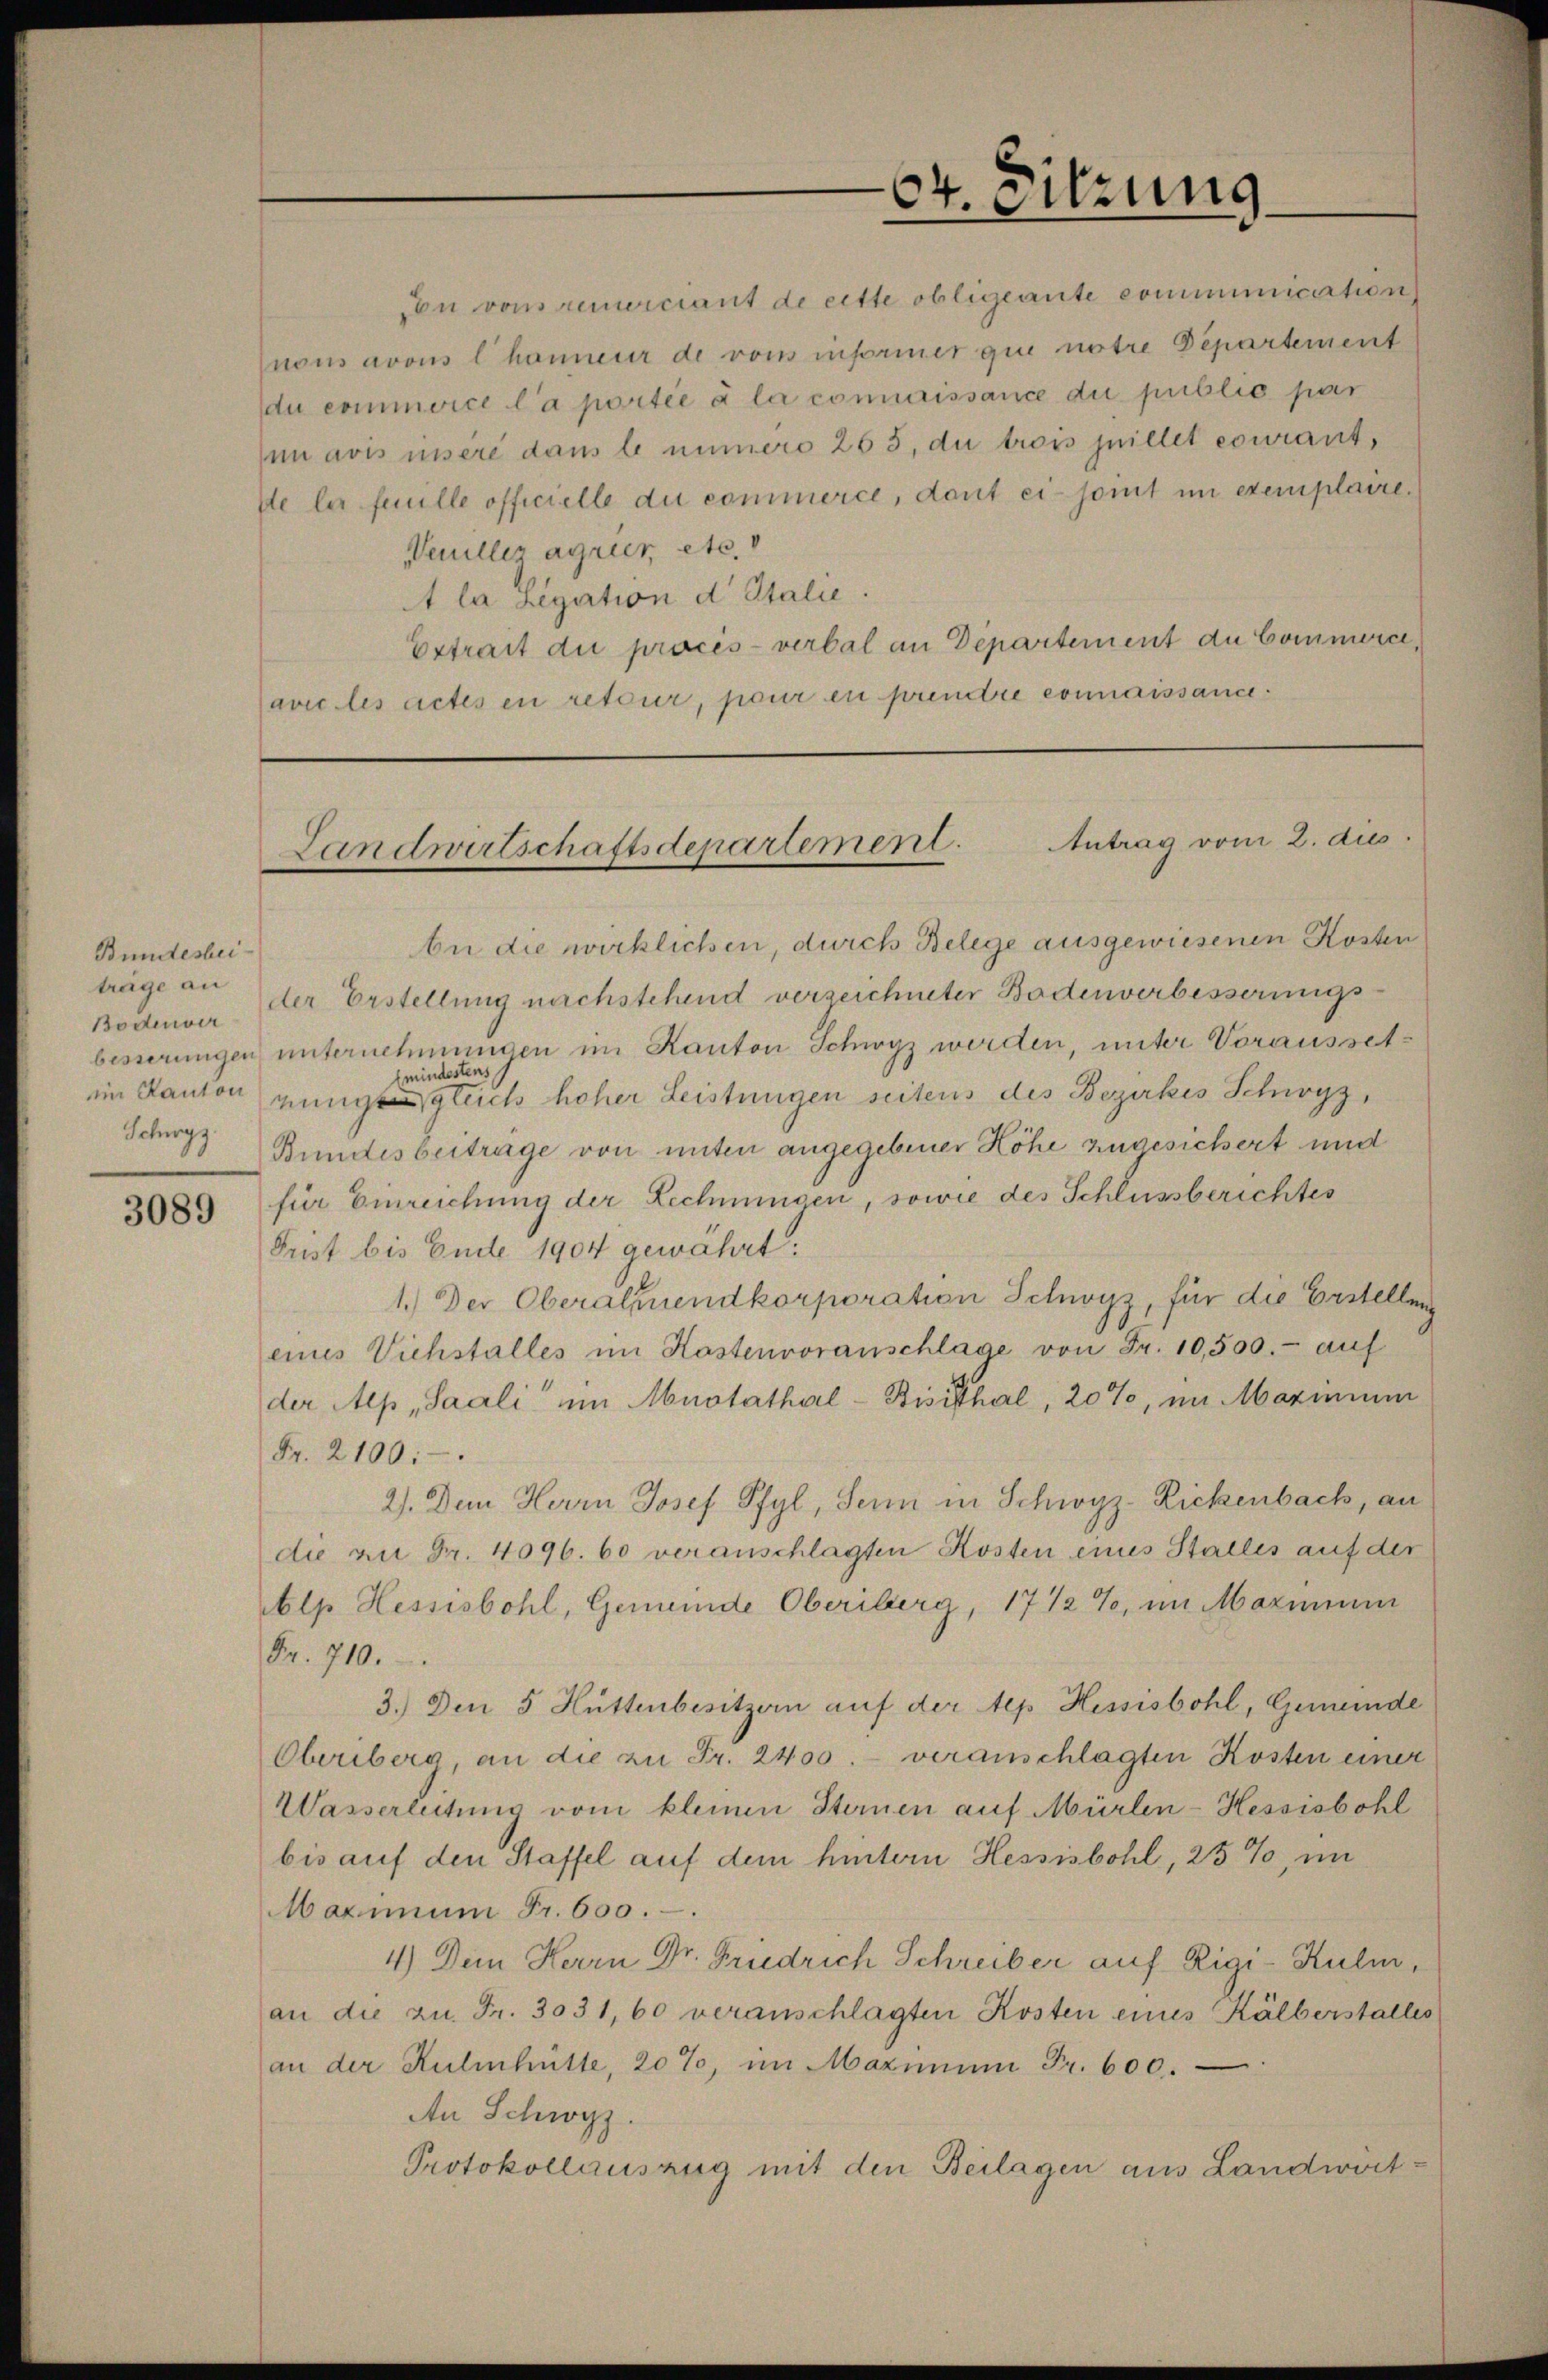
Bundesbeiträge an

3089

on von Municiant de cette obligeante communication
nous avous l. honneur de vom informer qui notre Departement
du commorce la portée à la connaissance du public par
n avis insere dans b immero 263, du trois quillet courant,
de la feuille officielle du commerce, dant ei-joint in exemplaire.
Saullez agrien etc. v
A la Legation d Italie
Extrait die procès-verbal an Departement du Commere,
avec les actes en retour, pour en prendre connaissance.

64. Sitzung

Landwirtschaftsdepartement. Antrag vom 2. dies

be die wirklichen, durch Belege ausgewiesenen Kosten
Bodenver der Erstellung nachstehend verzeichneter Bodenverbesserungsbesserungen unternehmungen im Kanton Schwyz werden, unter Voraussetmindestens
im Kanton einge gleich hoher Leistungen seitens des Bezirkes Schwyz,
Schwyz Bundesbeitrage von unter angegebener Höhe zugesichert und
für Einreichung der Lechnungen, sowie des Schlussberichtes
Frist bis Ende 1904 gewährt:
1.) Der Oberalmendkorporation Schwyz, für die Erstellung
eines Viehstalles im Kastenvoranschlage von Fr. 10,500.- auf
ter Alp, Saali“ im Anstathal-Bisikthal, 20%, im Maximum
Fr. 2100:
2). Dem Herrn Josef Pfyl, Senn in Schwyz-Zickenbach, an
die an Fr. 4096. 60 veranschlagten Kosten eines Stalles auf der
blp Hessisbohl, Gemeinde Oberiberg, 17 1/2%, im Maximum
Fr. 710.
3.) Den 5 Hüttenbesitzern auf der Alp Hessisbohl, Gemeinde
Oberiberg, an die zu Fr. 2400. veranschlagten Kosten einer
Wasserleitung vom kleinen Sternen auf Mürlen-Hessisbohl
bis auf den Staffel auf dem hintern Hessisbohl, 25%, im
Maximum Fr. 600.
4.) Dem Herrn Dr. Friedrich Schreiber auf Rigi-Kulm,
an die zu. Fr. 3031, 60 veranschlagten Kosten eines Kälberstalles
an der Kuhnhütte, 20%, im Maximum Fr. 600.
An Schwyz.
Protokollauszug mit den Beilagen aus Landwirt-